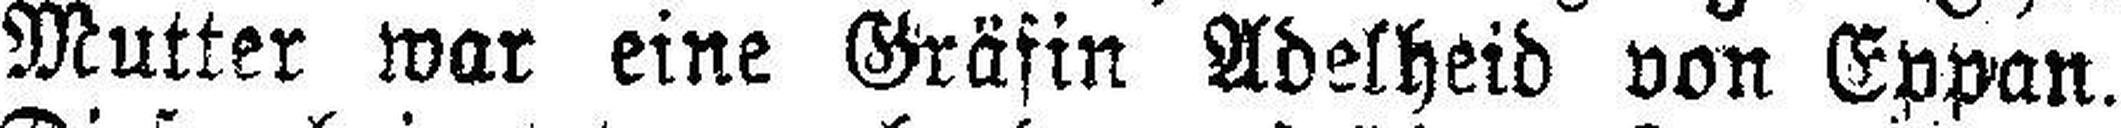
Mutter war eine Gräfin Adelheid von Eppan.